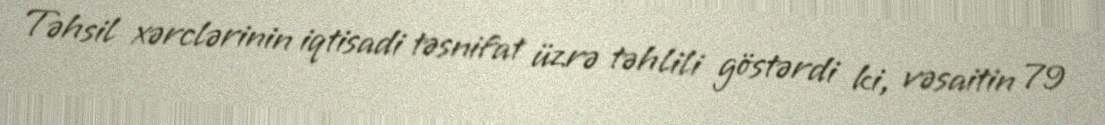
Təhsil xərclərinin iqtisadi təsnifat üzrə təhlili göstərdi ki, vəsaitin 79